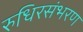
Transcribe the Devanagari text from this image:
रुधिरसंभरण